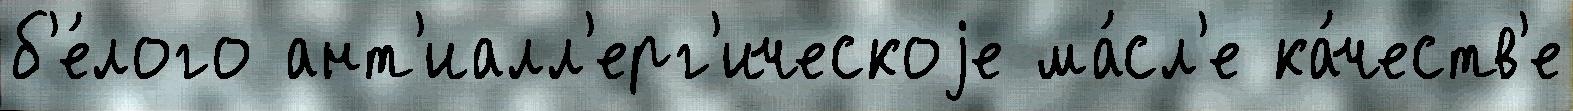
б'е́лого ант'иалл'ерг'ическоjе ма́сл'е ка́честв'е